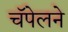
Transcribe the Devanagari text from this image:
चॅपेलने